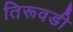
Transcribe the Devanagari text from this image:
तिरूवडी